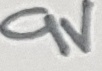
Text: 9V